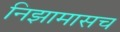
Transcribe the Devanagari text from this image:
निझामासच